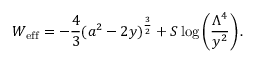
W _ { \mathrm { e f f } } = - \frac { 4 } { 3 } ( a ^ { 2 } - 2 y ) ^ { \frac { 3 } { 2 } } + S \log \left( \frac { \Lambda ^ { 4 } } { y ^ { 2 } } \right) .